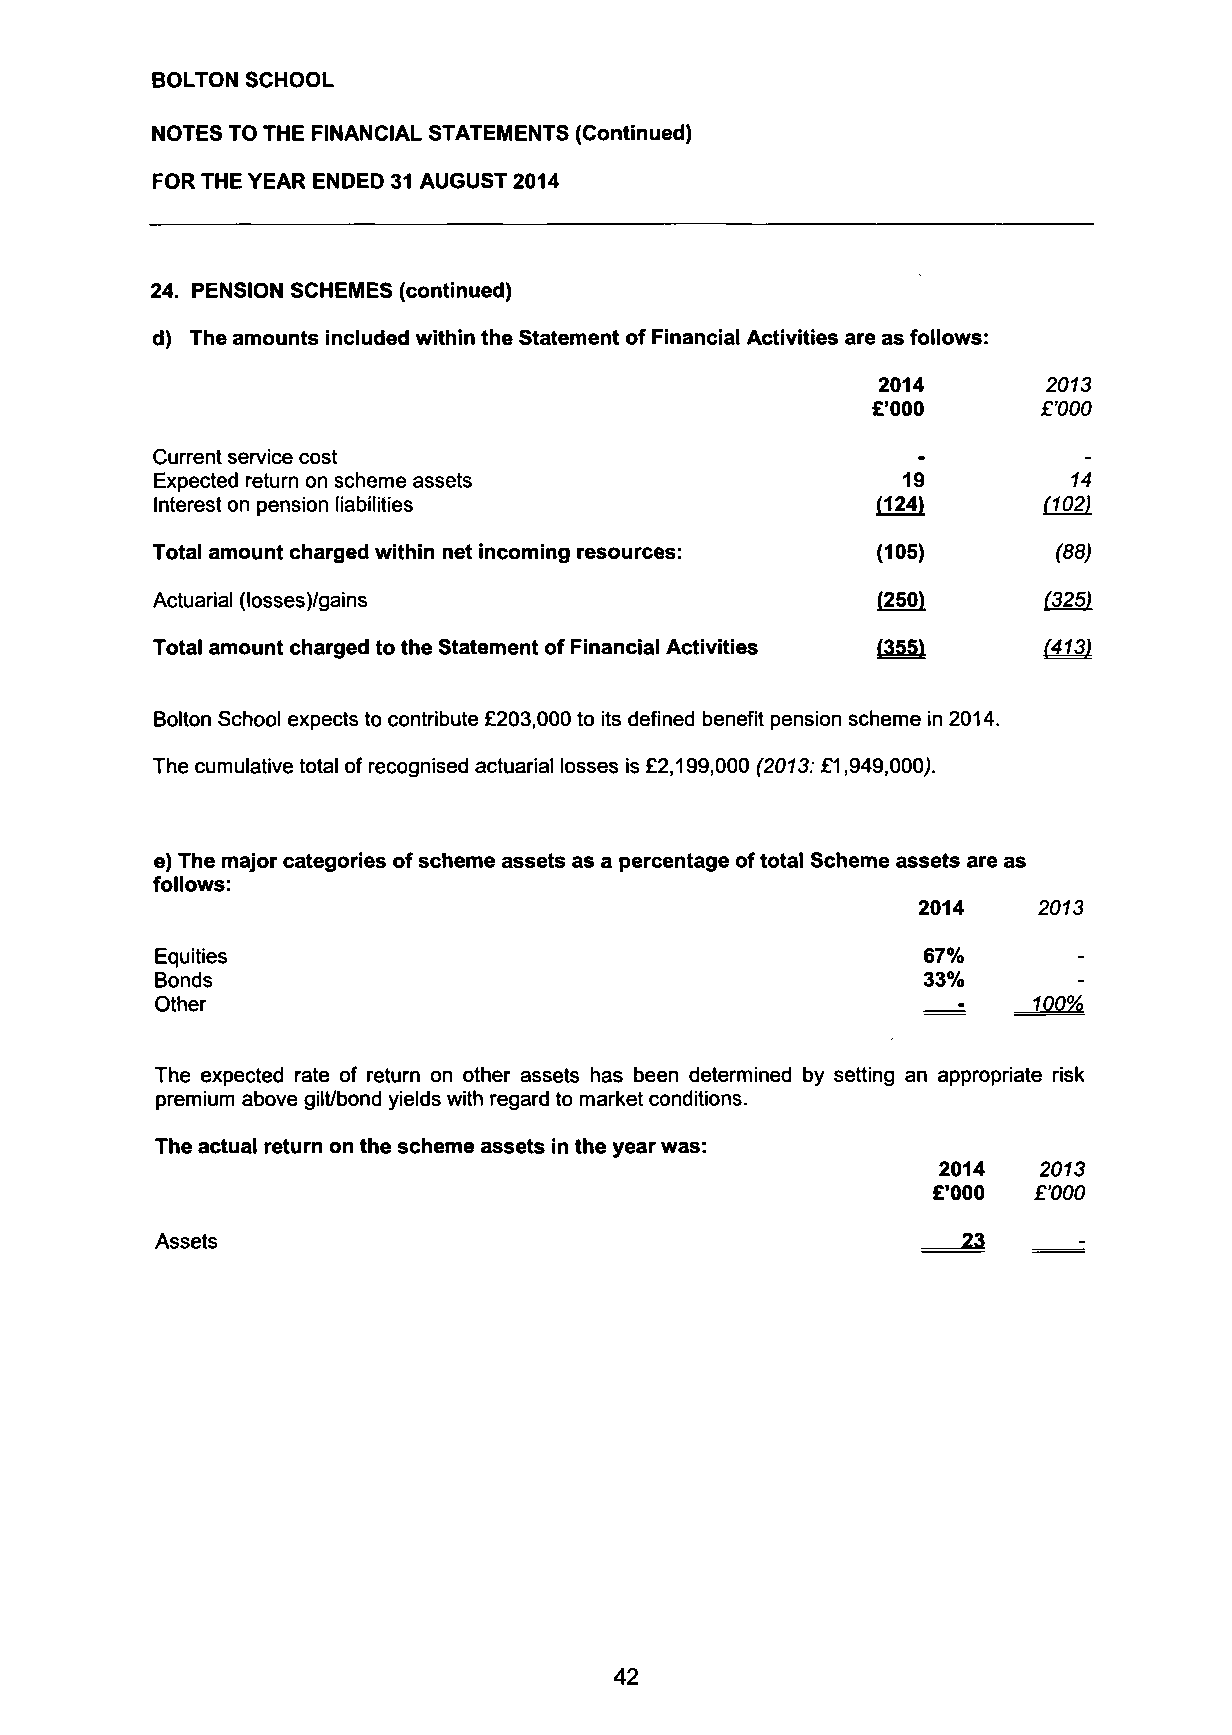
BOLTON SCHOOL
 NOTES TO THE FINANCIAL STATEMENTS (Continued)
 FOR THE YEAR ENDED 31 AUGUST 2014
 24. PENSION SCHEMES (continued)
 d) The amounts included within the Statement of Financial Activities are as follows:
 2014       2013
 £'000      £'000
 Current service cost
 Expected return on scheme assets                  19         14
 Interest on pension liabilities                 (124)      (102)
 Total amount charged within net incoming resources: (105)   (88)
 Actuarial (losses)/gains                        (250)      (325)
 Total amount charged to the Statement of Financial Activities (355) (413)
 Bolton School expects to contribute £203,000 to its defined benefit pension scheme in 2014.
 The cumulative total of recognised actuarial losses is £2,199,000 (2073: £1,949,000,).
 e) The major categories of scheme assets as a percentage of total Scheme assets are as
 follows:
 2014    2073
 Equities                                           67%
 Bonds                                              33%
 Other                                                -    100%
 The expected rate of return on other assets has been determined by setting an appropriate risk
 premium above gilt/bond yields with regard to market conditions.
 The actual return on the scheme assets in the year was:
 2014   2073
 £'000 £'000
 Assets                                                23     -
 42